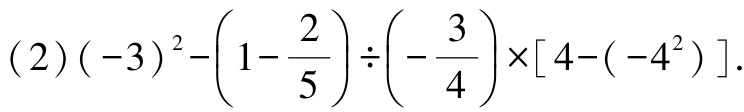
\((2)(-3)^{2}-\left(1 - \dfrac{2}{5}\right)\div\left(-\dfrac{3}{4}\right)\times[4-(-4^{2})].\)